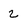
Character: 2